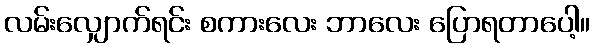
လမ်းလျှောက်ရင်း စကားလေး ဘာလေး ပြောရတာပေါ့။